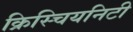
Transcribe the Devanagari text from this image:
क्रिस्चियनिटी